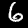
Digit: 6